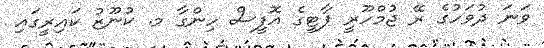
ވަނަ ދުވަހުގެ ރޭ ޖުމްހޫރީ ޕާޓީގެ އޮފީސް ހިންގާ މ. ކުނޫޒު ކައިރީގައި